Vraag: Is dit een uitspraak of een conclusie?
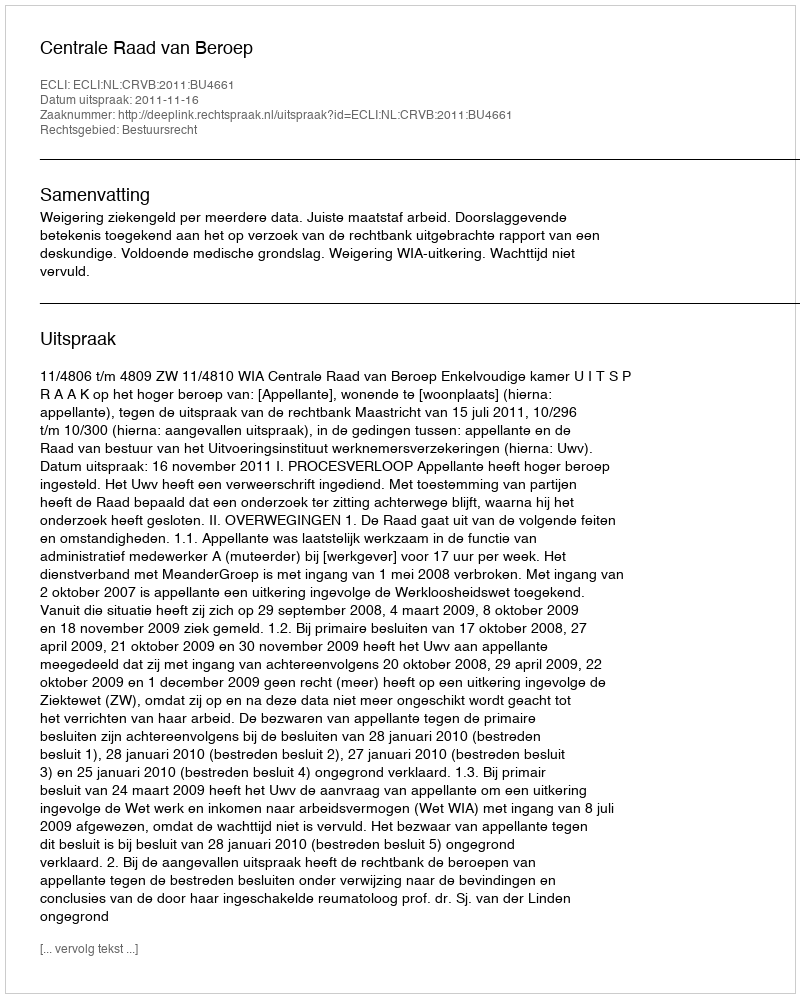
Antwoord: Uitspraak